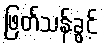
ဖြတ်သန်းခွင့်